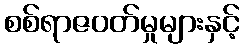
စစ်ရာဇဝတ်မှုများနှင့်